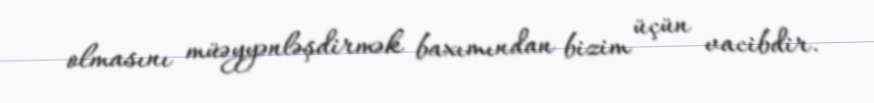
olmasını müəyyənləşdirmək baxımından bizim üçün vacibdir.